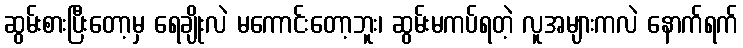
ဆွမ်းစားပြီးတော့မှ ရေချိုးလဲ မကောင်းတော့ဘူး၊ ဆွမ်းမကပ်ရတဲ့ လူအများကလဲ နောက်ရက်